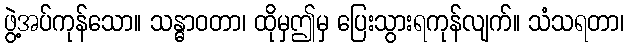
ဖွဲ့အပ်ကုန်သော။ သန္ဓာဝတာ၊ ထိုမှဤမှ ပြေးသွားရကုန်လျက်။ သံသရတာ၊